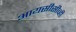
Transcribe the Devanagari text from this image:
आयसीसीव्ही